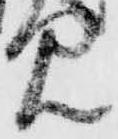
見